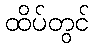
ထိပ်တွင်